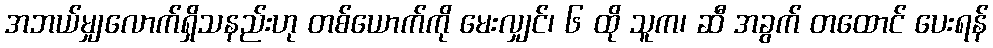
အဘယ်မျှလောက်ရှိသနည်းဟု တစ်ယောက်ကို မေးလျှင်၊ ၆ ထို သူက၊ ဆီ အခွက် တထောင် ပေးရန်